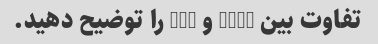
تفاوت بین HTML و CSS را توضیح دهید.